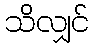
သိလျှင်